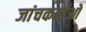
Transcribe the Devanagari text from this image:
जांचकर्ताओ